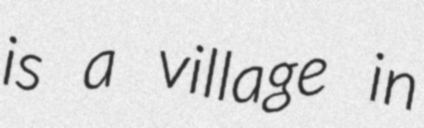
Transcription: is a village in